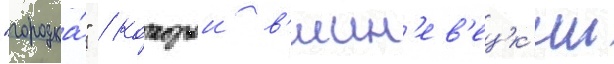
"городка́" / которыи в'ишн'ев'ецк'ии